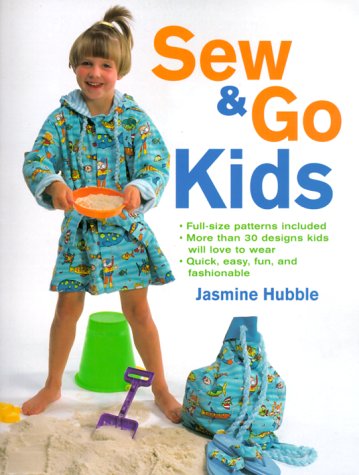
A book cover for Sew & Go Kids; Jasmine Hubble; Crafts, Hobbies & Home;